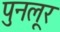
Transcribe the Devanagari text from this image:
पुनलूर